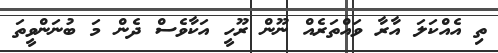
ތި އެއްކަލަ އާރާ ވައްތަރެއް ނޫން ރޫހީ އަކާވެސް ދެން މަ ބުނަންވީތަ